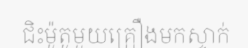
ជិះម៉ូតូមួយគ្រឿងមកស្ទាក់